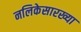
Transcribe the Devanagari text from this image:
नलिकेसारख्या